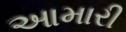
આમારી